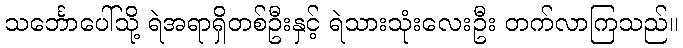
သင်္ဘောပေါ်သို့ ရဲအရာရှိတစ်ဦးနှင့် ရဲသားသုံးလေးဦး တက်လာကြသည်။